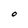
Character: O